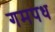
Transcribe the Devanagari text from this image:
गमपध